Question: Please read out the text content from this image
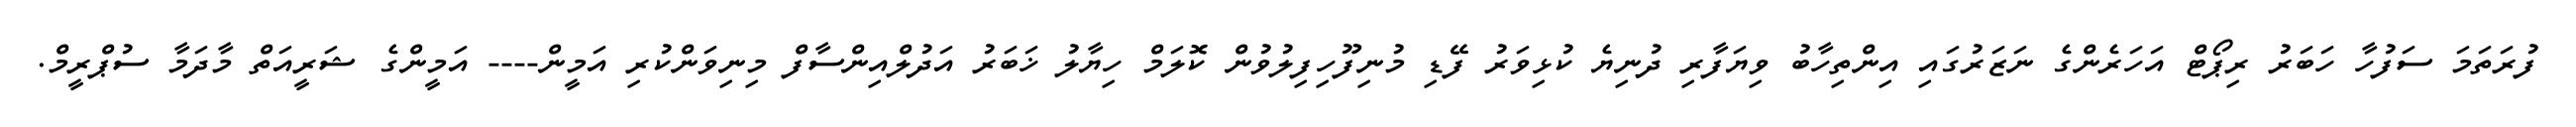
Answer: ފުރަތަމަ ސަފުހާ ހަބަރު ރިޕޯޓް އަހަރެންގެ ނަޒަރުގައި އިންތިހާބު ވިޔަފާރި ދުނިޔެ ކުޅިވަރު ފޭޑި މުނިފޫހިފިލުވުން ކޮލަމް ހިޔާލު ޚަބަރު އަދުލްއިންސާފް މިނިވަންކުރި އަމީން---- އަމީންގެ ޝަރީއަތް މާދަމާ ސުޕްރީމް.